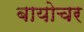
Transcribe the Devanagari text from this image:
बायोचर